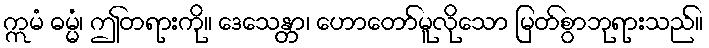
ဣမံ ဓမ္မံ၊ ဤတရားကို။ ဒေသေန္တာ၊ ဟောတော်မူလိုသော မြတ်စွာဘုရားသည်။